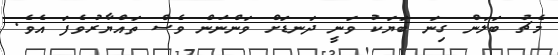
މެޗު ބަލަން ގިނަ ބަޔަކު ވަނީ ދަނޑަށް ވަންނަން ވެސް ތައްޔާރުވެފަ އެވެ.